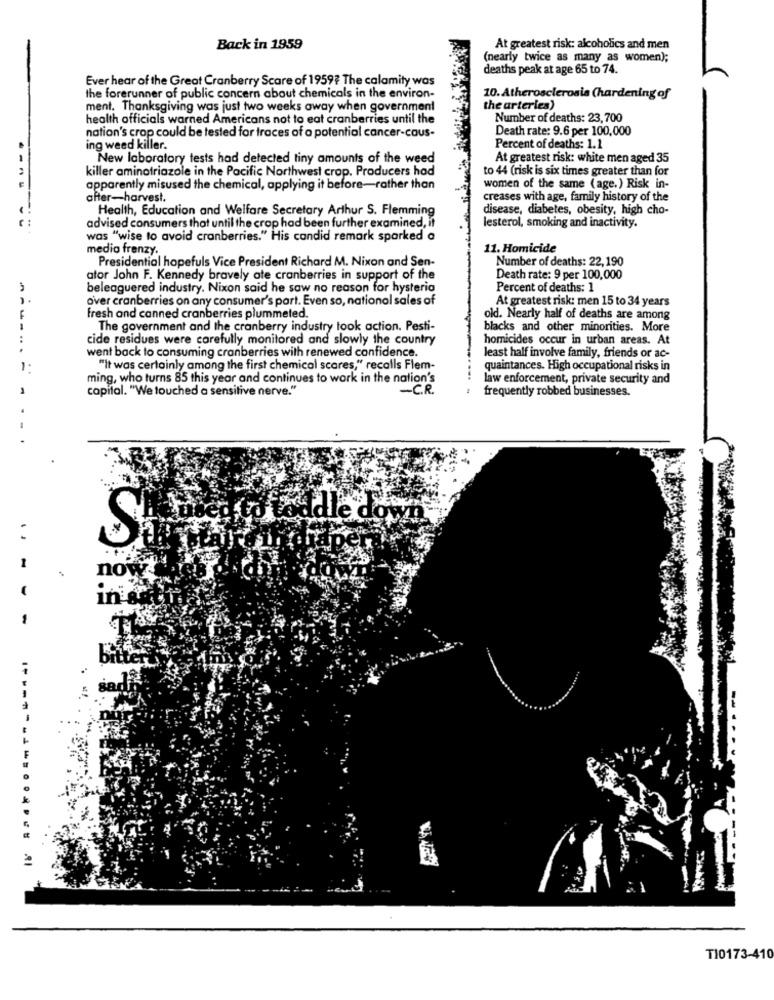
Back in 1959
At greatest risk: alcoholics and men
(nearly twice as many as women);
deaths peak at age 65 to 74.
Ever hear of the Great Cranberry Scare of 1959? The calamity was
the forerunner of public concern about chemicals in the environ-
10. Atherosclerosis (hardening of
ment. Thanksgiving was just two weeks away when government
the arteries)
health officials warned Americans not to eat cranberries until the
Number of deaths: 23,700
Death rate: 9.6 per 100,000
nation's crop could be tested for traces of a potential cancer-cous-
ing weed killer.
Percent of deaths: 1.1
New laboratory tests had detected tiny amounts of the weed
At greatest risk: white men aged 35
killer aminotriazole in the Pacific Northwest crop. Producers had
to 44 (risk is six times greater than for
apparently misused the chemical, applying it before-rather than
women of the same (age.) Risk in-
after-harvest.
creases with age, family history of the
Health, Education and Welfare Secretary Arthur S. Flemming
disease, diabetes, obesity, high cho-
lesterol, smoking and inactivity.
advised consumers that until the crop had been further examined, it
was "wise to avoid cranberries." His candid remark sparked a
medio frenzy.
11. Homicide
Presidential hopefuls Vice President Richard M. Nixon and Sen-
Number of deaths: 22, 190
ator John F. Kennedy bravely ote cranberries in support of the
Death rate: 9 per 100,000
beleaguered industry. Nixon said he saw no reason for hysteria
Percent of deaths: 1
over cranberries on any consumer's part. Even so, national sales of
At greatest risk: men 15 to 34 years
fresh and canned cranberries plummeted.
old. Nearly half of deaths are among
The government and the cranberry industry took action. Pesti-
blacks and other minorities. More
cide residues were carefully monitored and slowly the country
homicides occur in urban areas. At
...
went back to consuming cranberries with renewed confidence.
least half involve family, friends or ac-
1.
"It was certainly among the first chemical scares," recalls Flem-
quaintances. High occupational risks in
ming, who turns 85 this year and continues to work in the nation's
law enforcement, private security and
capital. "We touched a sensitive nerve."
- C.R.
frequently robbed businesses.
dle down
S
-
now
in
sad
--------.
T10173-410